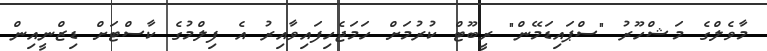
މާވެލްގެ މަޝްހޫރު "ސްޕައިޑަމޭން" ރީބޫޓް ކުރުމަށް ހަމަޖެހިފައިވާއިރު އެ ފިލްމުގެ ކާސްޓަށް ޑިޒްނީއިން